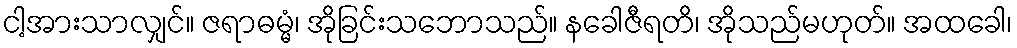
ငါ့အားသာလျှင်။ ဇရာဓမ္မံ၊ အိုခြင်းသဘောသည်။ နခေါဇီရတိ၊ အိုသည်မဟုတ်။ အထခေါ၊